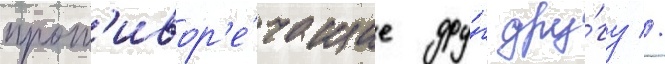
прот'ивор'е́чащие дру́г дру́гу //